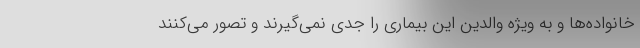
خانواده‌ها و به ویژه والدین این بیماری را جدی نمی‌گیرند و تصور می‌کنند